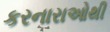
કરનારાઓથી